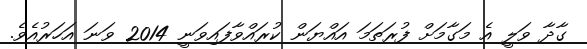
ގާދާ ވަލީ އެ މަގާމަށް ފުރަތަމަ އައްޔަން ކުރައްވާފައިވަނީ 2014 ވަނަ އަހަރުއެވެ.